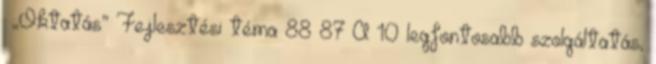
▪„Oktatás” Fejlesztési téma 88 87 A 10 legfontosabb szolgáltatás,